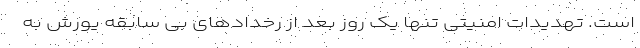
است. تهدیدات امنیتی تنها یک روز بعد از رخداد‌های بی سابقه یورش به